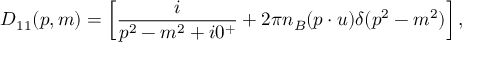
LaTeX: D _ { 1 1 } ( p , m ) = \left[ { \frac { i } { p ^ { 2 } - m ^ { 2 } + i 0 ^ { + } } } + 2 \pi n _ { B } ( p \cdot u ) \delta ( p ^ { 2 } - m ^ { 2 } ) \right] ,